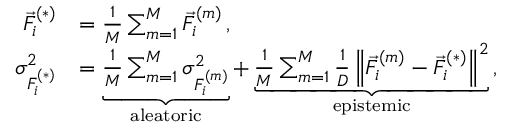
\begin{array} { r l } { \vec { F } _ { i } ^ { ( * ) } } & { = \frac { 1 } { M } \sum _ { m = 1 } ^ { M } \vec { F } _ { i } ^ { ( m ) } \, , } \\ { \sigma _ { F _ { i } ^ { ( * ) } } ^ { 2 } } & { = \underbrace { \frac { 1 } { M } \sum _ { m = 1 } ^ { M } \sigma _ { F _ { i } ^ { ( m ) } } ^ { 2 } } _ { \mathrm { a l e a t o r i c } } + \underbrace { \frac { 1 } { M } \sum _ { m = 1 } ^ { M } \frac { 1 } { D } \left\| \vec { F } _ { i } ^ { ( m ) } - \vec { F } _ { i } ^ { ( * ) } \right\| ^ { 2 } } _ { \mathrm { e p i s t e m i c } } \, , } \end{array}